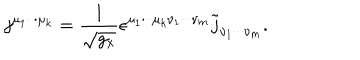
LaTeX: j ^ { \mu _ { 1 } \cdot \cdot \cdot \mu _ { k } } = \frac 1 { \sqrt { g _ { x } } } \epsilon ^ { \mu _ { 1 } \cdot \cdot \cdot \mu _ { k } \nu _ { 1 } \cdot \cdot \cdot \nu _ { m } } \tilde { j } _ { \nu _ { 1 } \cdot \cdot \cdot \nu _ { m } } .